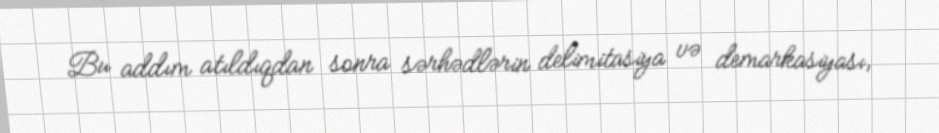
Bu addım atıldıqdan sonra sərhədlərin delimitasiya və demarkasiyası,